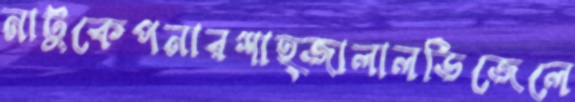
নাটুকেপনারশাহ্জালালডিজেলে